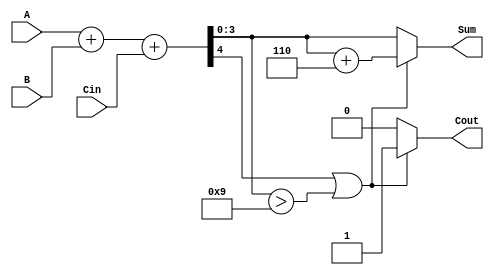
module BCD_Hybrid_Adder (
    input  wire [3:0] A,      // First BCD digit
    input  wire [3:0] B,      // Second BCD digit
    input  wire Cin,          // Carry input
    output reg  [3:0] Sum,    // BCD Sum output
    output reg  Cout          // Carry output
);

    wire [4:0] S;            // 5-bit sum to accommodate carry
    wire [4:0] corrected_sum; // Sum after BCD correction

    // Binary addition of A, B, and Cin
    assign S = A + B + Cin;

    // BCD Correction Logic
    always @(*) begin
        // Default values
        Sum = S[3:0]; // Take the lower 4 bits of the sum
        Cout = 1'b0;  // Default carry out

        // Check if correction is needed
        if (S[4] || (S[3:0] > 4'd9)) begin
            // If carry out from the binary addition or the sum exceeds 9
            Sum = S[3:0] + 4'd6; // Add 6 for BCD correction
            Cout = 1'b1;         // Set carry out
        end
    end

endmodule